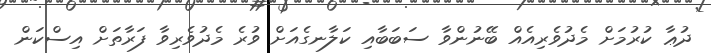
ދުޢާ ކުރުމަށް މެދުވެރިއެއް ބޭނުންވާ ސަބަބާއި ކަލާނގެއަށް ވުރެ މެދުވެރިވާ ފަރާތަށް އިސްކަން